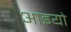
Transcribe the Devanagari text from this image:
आइयो